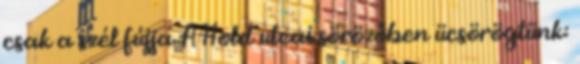
csak a szél fújja A Hold utcai sörözőben ücsörögtünk: